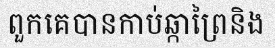
ពួកគេបានកាប់ឆ្កាព្រៃនិង